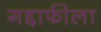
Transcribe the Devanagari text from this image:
गद्दाफीला